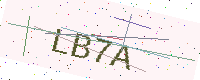
Text: LB7A